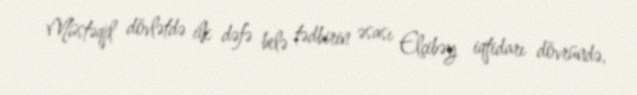
Müstəqil dövlətdə ilk dəfə belə tədbirin əsası Elçibəy iqtidarı dövründə,